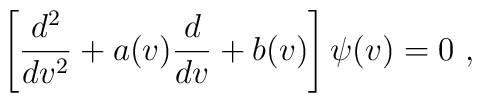
\left[ \frac{d^2}{dv^2} +a(v)\frac{d}{dv} +b(v) \right] \psi(v) =0~,